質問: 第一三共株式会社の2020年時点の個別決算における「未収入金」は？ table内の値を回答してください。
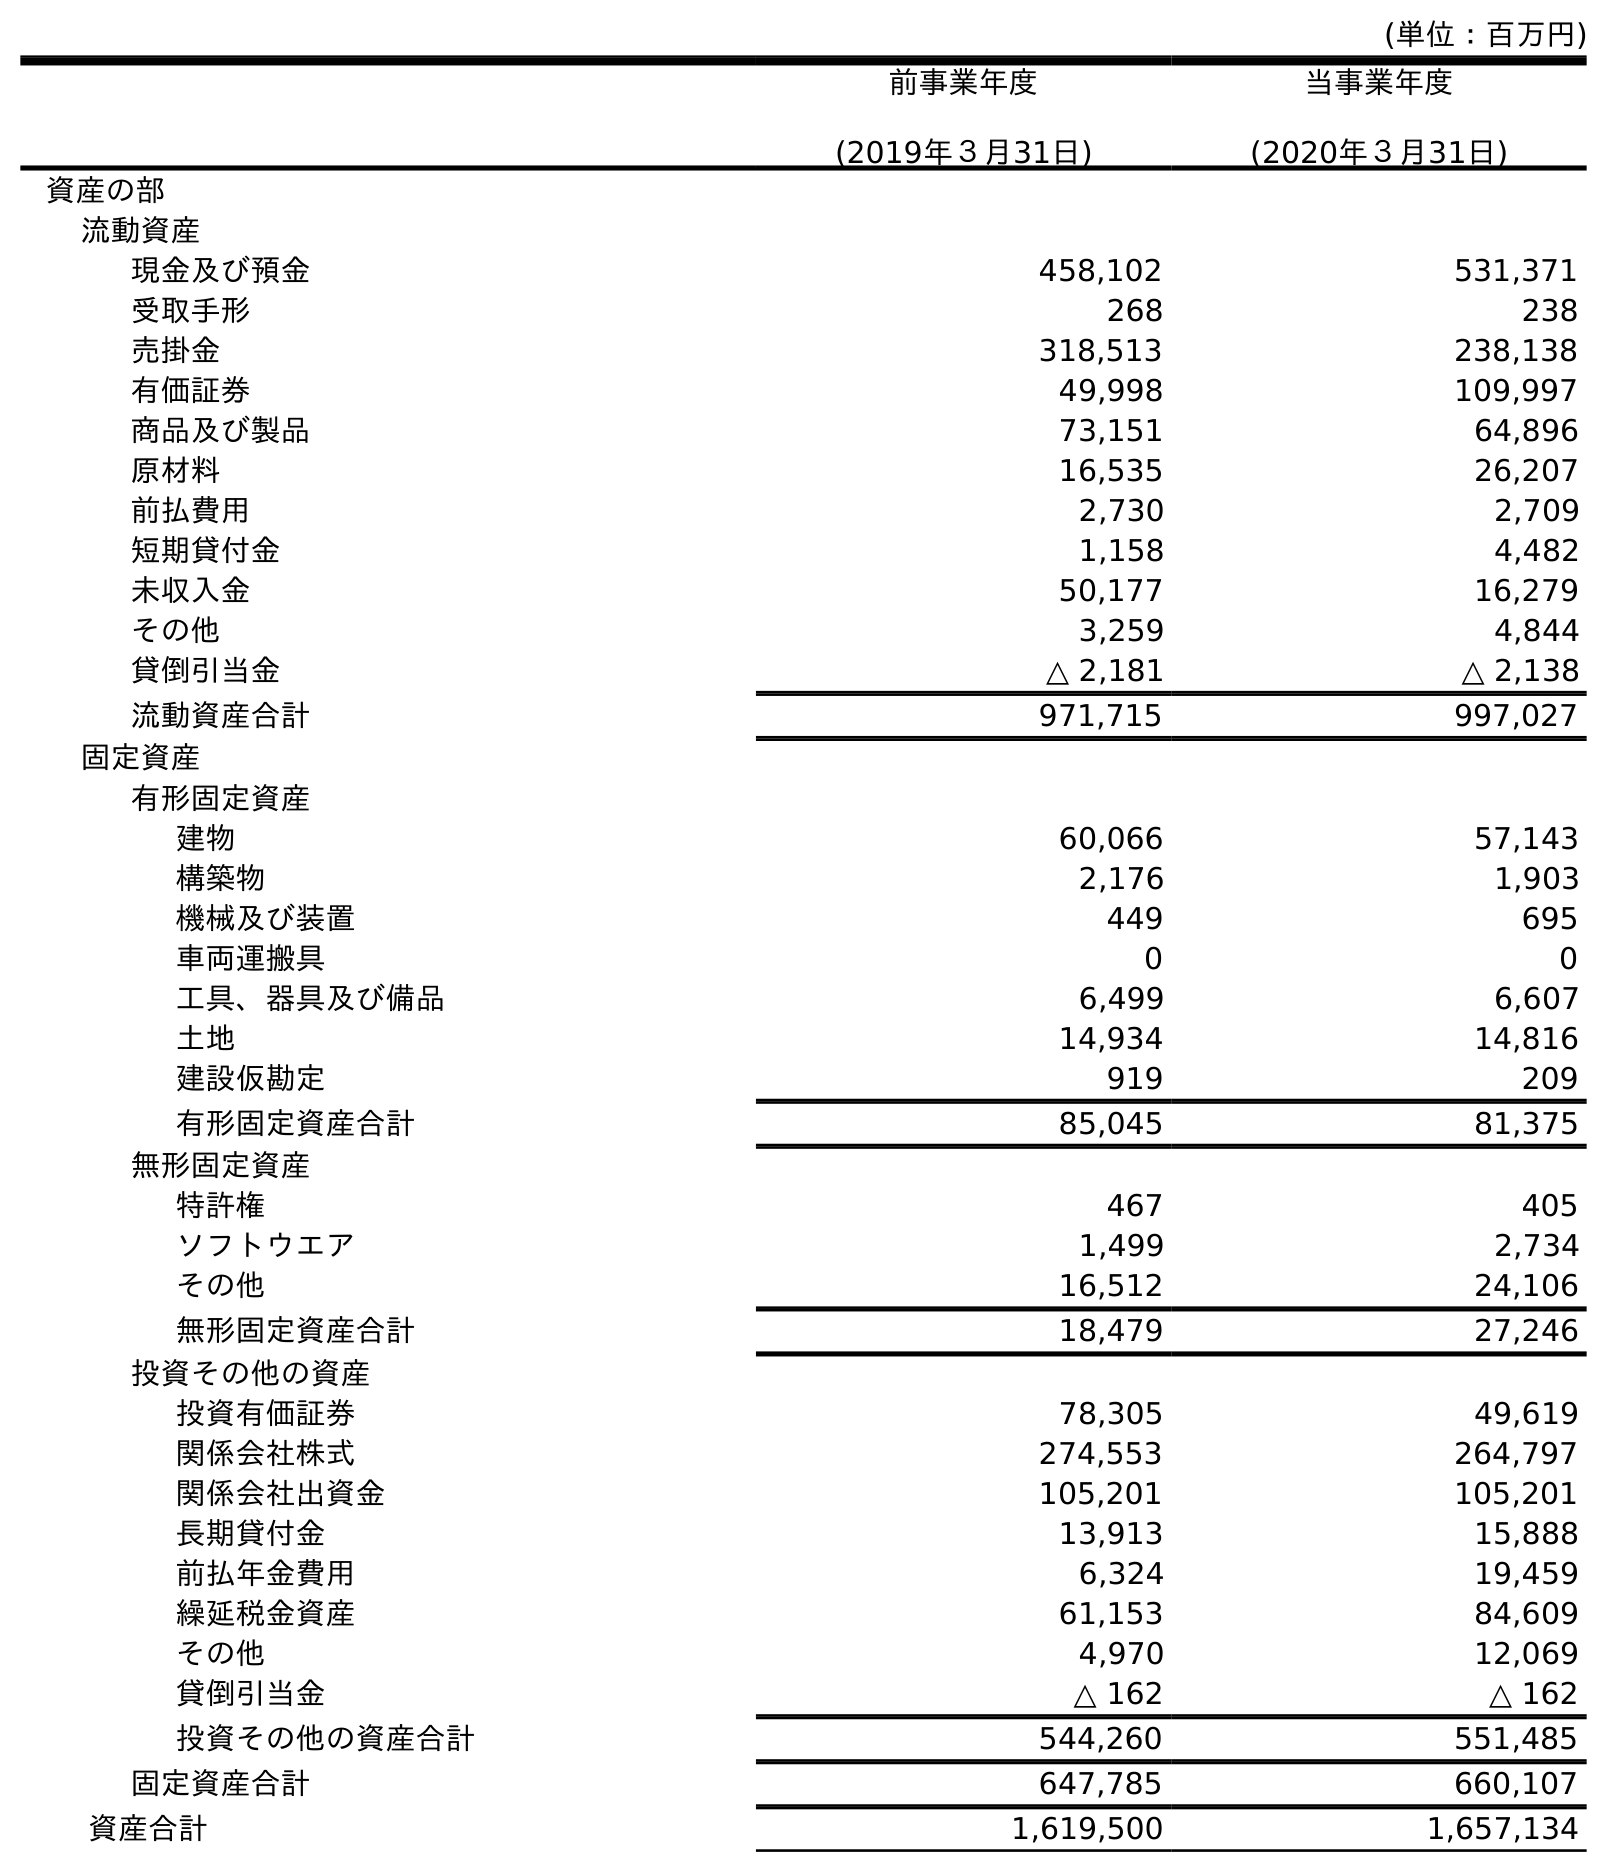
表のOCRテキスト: (単位：百万円) 前事業年度 (2019年３月31日) 当事業年度 (2020年３月31日) 資産の部 流動資産 現金及び預金 458,102 531,371 受取手形 268 238 売掛金 318,513 238,138 有価証券 49,998 109,997 商品及び製品 73,151 64,896 原材料 16,535 26,207 前払費用 2,730 2,709 短期貸付金 1,158 4,482 未収入金 50,177 16,279 その他 3,259 4,844 貸倒引当金 △ 2,181 △ 2,138 流動資産合計 971,715 997,027 固定資産 有形固定資産 建物 60,066 57,143 構築物 2,176 1,903 機械及び装置 449 695 車両運搬具 0 0 工具、器具及び備品 6,499 6,607 土地 14,934 14,816 建設仮勘定 919 209 有形固定資産合計 85,045 81,375 無形固定資産 特許権 467 405 ソフトウエア 1,499 2,734 その他 16,512 24,106 無形固定資産合計 18,479 27,246 投資その他の資産 投資有価証券 78,305 49,619 関係会社株式 274,553 264,797 関係会社出資金 105,201 105,201 長期貸付金 13,913 15,888 前払年金費用 6,324 19,459 繰延税金資産 61,153 84,609 その他 4,970 12,069 貸倒引当金 △ 162 △ 162 投資その他の資産合計 544,260 551,485 固定資産合計 647,785 660,107 資産合計 1,619,500 1,657,134
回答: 16,279